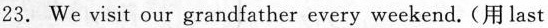
23. We visit our grandfather every weekend.(用 last